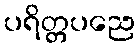
ပရိတ္တပညေ